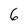
Character: 6